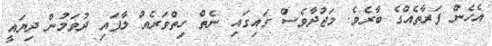
އެހެން ފަރާތެއްގެ ބާރެވެ. މަޖުދާވެސް ގައިގައި ނެތް ހިތްވަރެއް ލާފައި ދުވަމުން ދިޔައީ